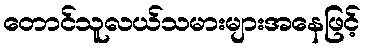
တောင်သူလယ်သမားများအနေဖြင့်